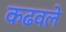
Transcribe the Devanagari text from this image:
कढवले